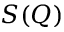
S ( Q )